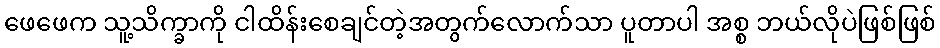
ဖေဖေက သူ့သိက္ခာကို ငါထိန်းစေချင်တဲ့အတွက်လောက်သာ ပူတာပါ အစ္စ ဘယ်လိုပဲဖြစ်ဖြစ်